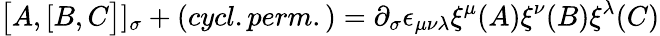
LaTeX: \bigl\lbrack A,\lbrack B,C\bigr\rbrack\rbrack_{\sigma}+(cycl.perm.)=\partial_{\sigma}\epsilon_{\mu\nu\lambda}\xi^{\mu}(A)\xi^{\nu}(B)\xi^{\lambda}(C)